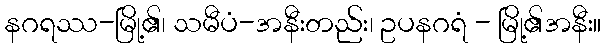
နဂရဿ-မြို့၏၊ သမီပံ-အနီးတည်း၊ ဥပနဂရံ - မြို့၏အနီး။